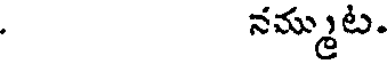
నమ్ముట.